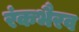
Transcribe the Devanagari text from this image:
रंकभैरव